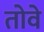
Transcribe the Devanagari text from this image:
तोवे